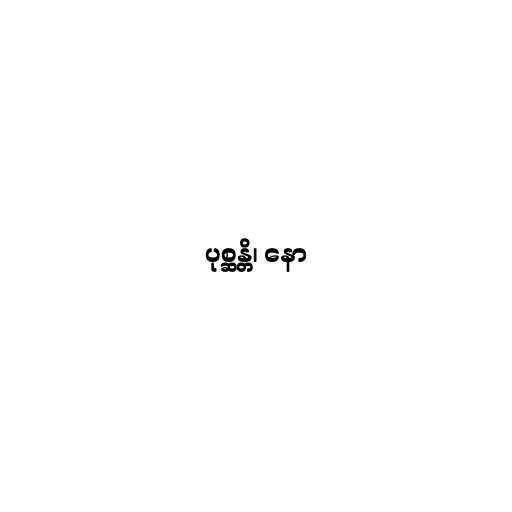
ပုစ္ဆန္တိ၊ နော